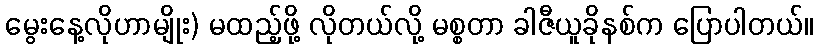
မွေးနေ့လိုဟာမျိုး) မထည့်ဖို့ လိုတယ်လို့ မစ္စတာ ခါဇီယူခိုနစ်က ပြောပါတယ်။